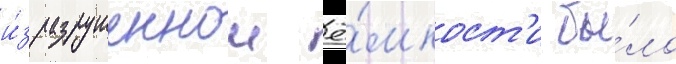
и́з разрушеннои ё́мкост'и бы́ло